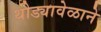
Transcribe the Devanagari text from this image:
थोड्यावेळाने